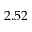
2 . 5 2